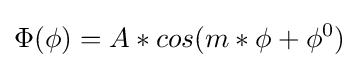
\Phi (\phi )=A*cos(m*\phi +\phi ^{0})